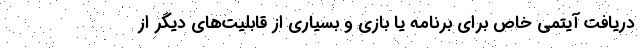
دریافت آیتمی خاص برای برنامه یا بازی و بسیاری از قابلیت‌های دیگر از